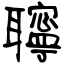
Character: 聹